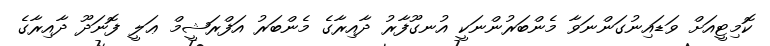
ކޮމިޓީއަށް ވަޑައިނުގަންނަވާ މެންބަރުންނަކީ އުނގޫފާރު ދާއިރާގެ މެންބަރު އަފްރަޝީމް ޢަލީ ފޮނަދޫ ދާއިރާގެ